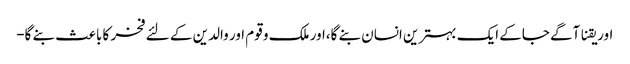
اور یقنا آگے جاکے ایک بہترین انسان بنے گا،اور ملک و قوم اور والدین کے لئے فخر کا باعث بنے گا-